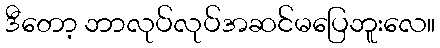
ဒီတော့ ဘာလုပ်လုပ်အဆင်မပြေဘူးလေ။